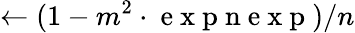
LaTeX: \leftarrow(1-m^{2}\cdot\mathrm{~e~x~p~n~e~x~p~})/n